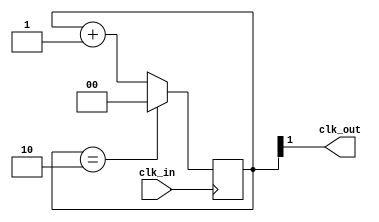
module div3(input wire clk_in, output wire clk_out);
  reg [1:0] divcounter = 0;

  //-- Modulus 3 counter
  always @(posedge clk_in) begin
    divcounter <= (divcounter == 2) ? 0 : divcounter + 1;
  end

  //Take out MSB
  assign clk_out = divcounter[1];
endmodule